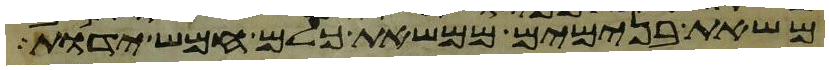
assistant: משאת בנימים ממשאת כלם חמש ידות